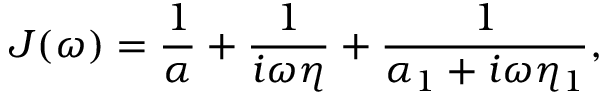
J ( \omega ) = \frac { 1 } { \alpha } + \frac { 1 } { i \omega \eta } + \frac { 1 } { \alpha _ { 1 } + i \omega \eta _ { 1 } } ,